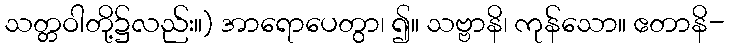
သတ္တဝါတို့၌လည်း။) အာရောပေတွာ၊ ၍။ သဗ္ဗာနိ၊ ကုန်သော။ ဧတာနိ-